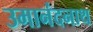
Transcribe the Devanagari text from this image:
उमानंदनाथ